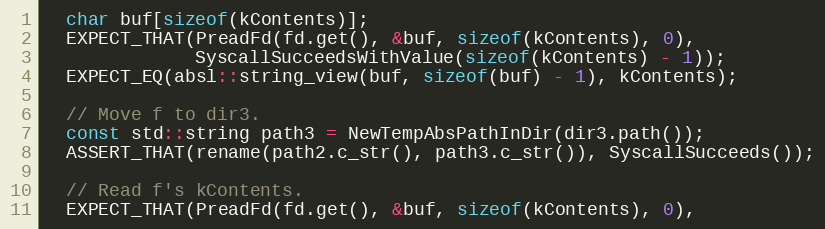
Language: C++
  char buf[sizeof(kContents)];
  EXPECT_THAT(PreadFd(fd.get(), &buf, sizeof(kContents), 0),
              SyscallSucceedsWithValue(sizeof(kContents) - 1));
  EXPECT_EQ(absl::string_view(buf, sizeof(buf) - 1), kContents);

  // Move f to dir3.
  const std::string path3 = NewTempAbsPathInDir(dir3.path());
  ASSERT_THAT(rename(path2.c_str(), path3.c_str()), SyscallSucceeds());

  // Read f's kContents.
  EXPECT_THAT(PreadFd(fd.get(), &buf, sizeof(kContents), 0),